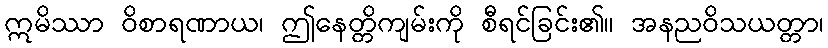
ဣမိဿာ ဝိစာရဏာယ၊ ဤနေတ္တိကျမ်းကို စီရင်ခြင်း၏။ အနညဝိသယတ္တာ၊